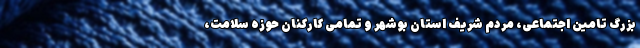
بزرگ تامین اجتماعی، مردم شریف استان بوشهر و تمامی کارکنان حوزه سلامت،